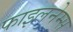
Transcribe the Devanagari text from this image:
फाइलनेम्स